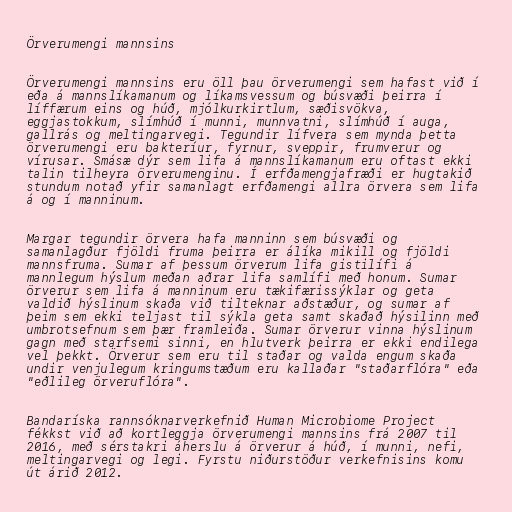
Örverumengi mannsins

Örverumengi mannsins eru öll þau örverumengi sem hafast við í
eða á mannslíkamanum og líkamsvessum og búsvæði þeirra í
líffærum eins og húð, mjólkurkirtlum, sæðisvökva,
eggjastokkum, slímhúð í munni, munnvatni, slímhúð í auga,
gallrás og meltingarvegi. Tegundir lífvera sem mynda þetta
örverumengi eru bakteríur, fyrnur, sveppir, frumverur og
vírusar. Smásæ dýr sem lifa á mannslíkamanum eru oftast ekki
talin tilheyra örverumenginu. Í erfðamengjafræði er hugtakið
stundum notað yfir samanlagt erfðamengi allra örvera sem lifa
á og í manninum.

Margar tegundir örvera hafa manninn sem búsvæði og
samanlagður fjöldi fruma þeirra er álíka mikill og fjöldi
mannsfruma. Sumar af þessum örverum lifa gistilífi á
mannlegum hýslum meðan aðrar lifa samlífi með honum. Sumar
örverur sem lifa á manninum eru tækifærissýklar og geta
valdið hýslinum skaða við tilteknar aðstæður, og sumar af
þeim sem ekki teljast til sýkla geta samt skaðað hýsilinn með
umbrotsefnum sem þær framleiða. Sumar örverur vinna hýslinum
gagn með starfsemi sinni, en hlutverk þeirra er ekki endilega
vel þekkt. Örverur sem eru til staðar og valda engum skaða
undir venjulegum kringumstæðum eru kallaðar "staðarflóra" eða
"eðlileg örveruflóra".

Bandaríska rannsóknarverkefnið Human Microbiome Project
fékkst við að kortleggja örverumengi mannsins frá 2007 til
2016, með sérstakri áherslu á örverur á húð, í munni, nefi,
meltingarvegi og legi. Fyrstu niðurstöður verkefnisins komu
út árið 2012.